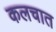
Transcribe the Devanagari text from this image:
कलचात